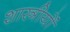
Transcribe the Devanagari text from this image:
शास्त्रीयों